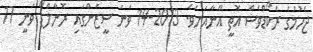
ޖެހުމުގެ ރެކޯޑްވެސް އޮތީ އޭނާއަށެވެ. 2013-14 ވަނަ ސީޒަންގައި ރޮނާލްޑޯ ވަނީ 17